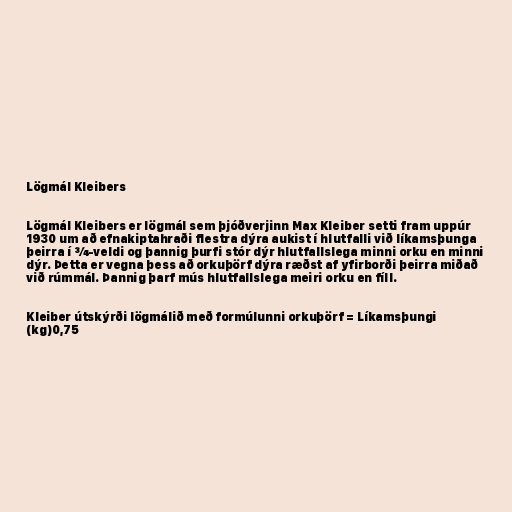
Lögmál Kleibers

Lögmál Kleibers er lögmál sem þjóðverjinn Max Kleiber setti fram uppúr
1930 um að efnakiptahraði flestra dýra aukist í hlutfalli við líkamsþunga
þeirra í ¾-veldi og þannig þurfi stór dýr hlutfallslega minni orku en minni
dýr. Þetta er vegna þess að orkuþörf dýra ræðst af yfirborði þeirra miðað
við rúmmál. Þannig þarf mús hlutfallslega meiri orku en fíll.

Kleiber útskýrði lögmálið með formúlunni orkuþörf = Líkamsþungi
(kg)0,75